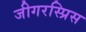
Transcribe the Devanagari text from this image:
जीगरस्प्रिस